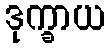
ဒုက္ခာယ